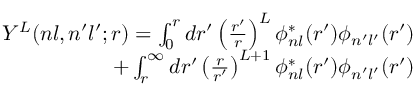
\begin{array} { r } { Y ^ { L } ( n l , n ^ { \prime } l ^ { \prime } ; r ) = \int _ { 0 } ^ { r } d r ^ { \prime } \left( \frac { r ^ { \prime } } { r } \right) ^ { L } \phi _ { n l } ^ { * } ( r ^ { \prime } ) \phi _ { n ^ { \prime } l ^ { \prime } } ( r ^ { \prime } ) } \\ { + \int _ { r } ^ { \infty } d r ^ { \prime } \left( \frac { r } { r ^ { \prime } } \right) ^ { L + 1 } \phi _ { n l } ^ { * } ( r ^ { \prime } ) \phi _ { n ^ { \prime } l ^ { \prime } } ( r ^ { \prime } ) } \end{array}